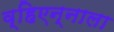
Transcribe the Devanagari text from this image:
व्हिएन्नाला